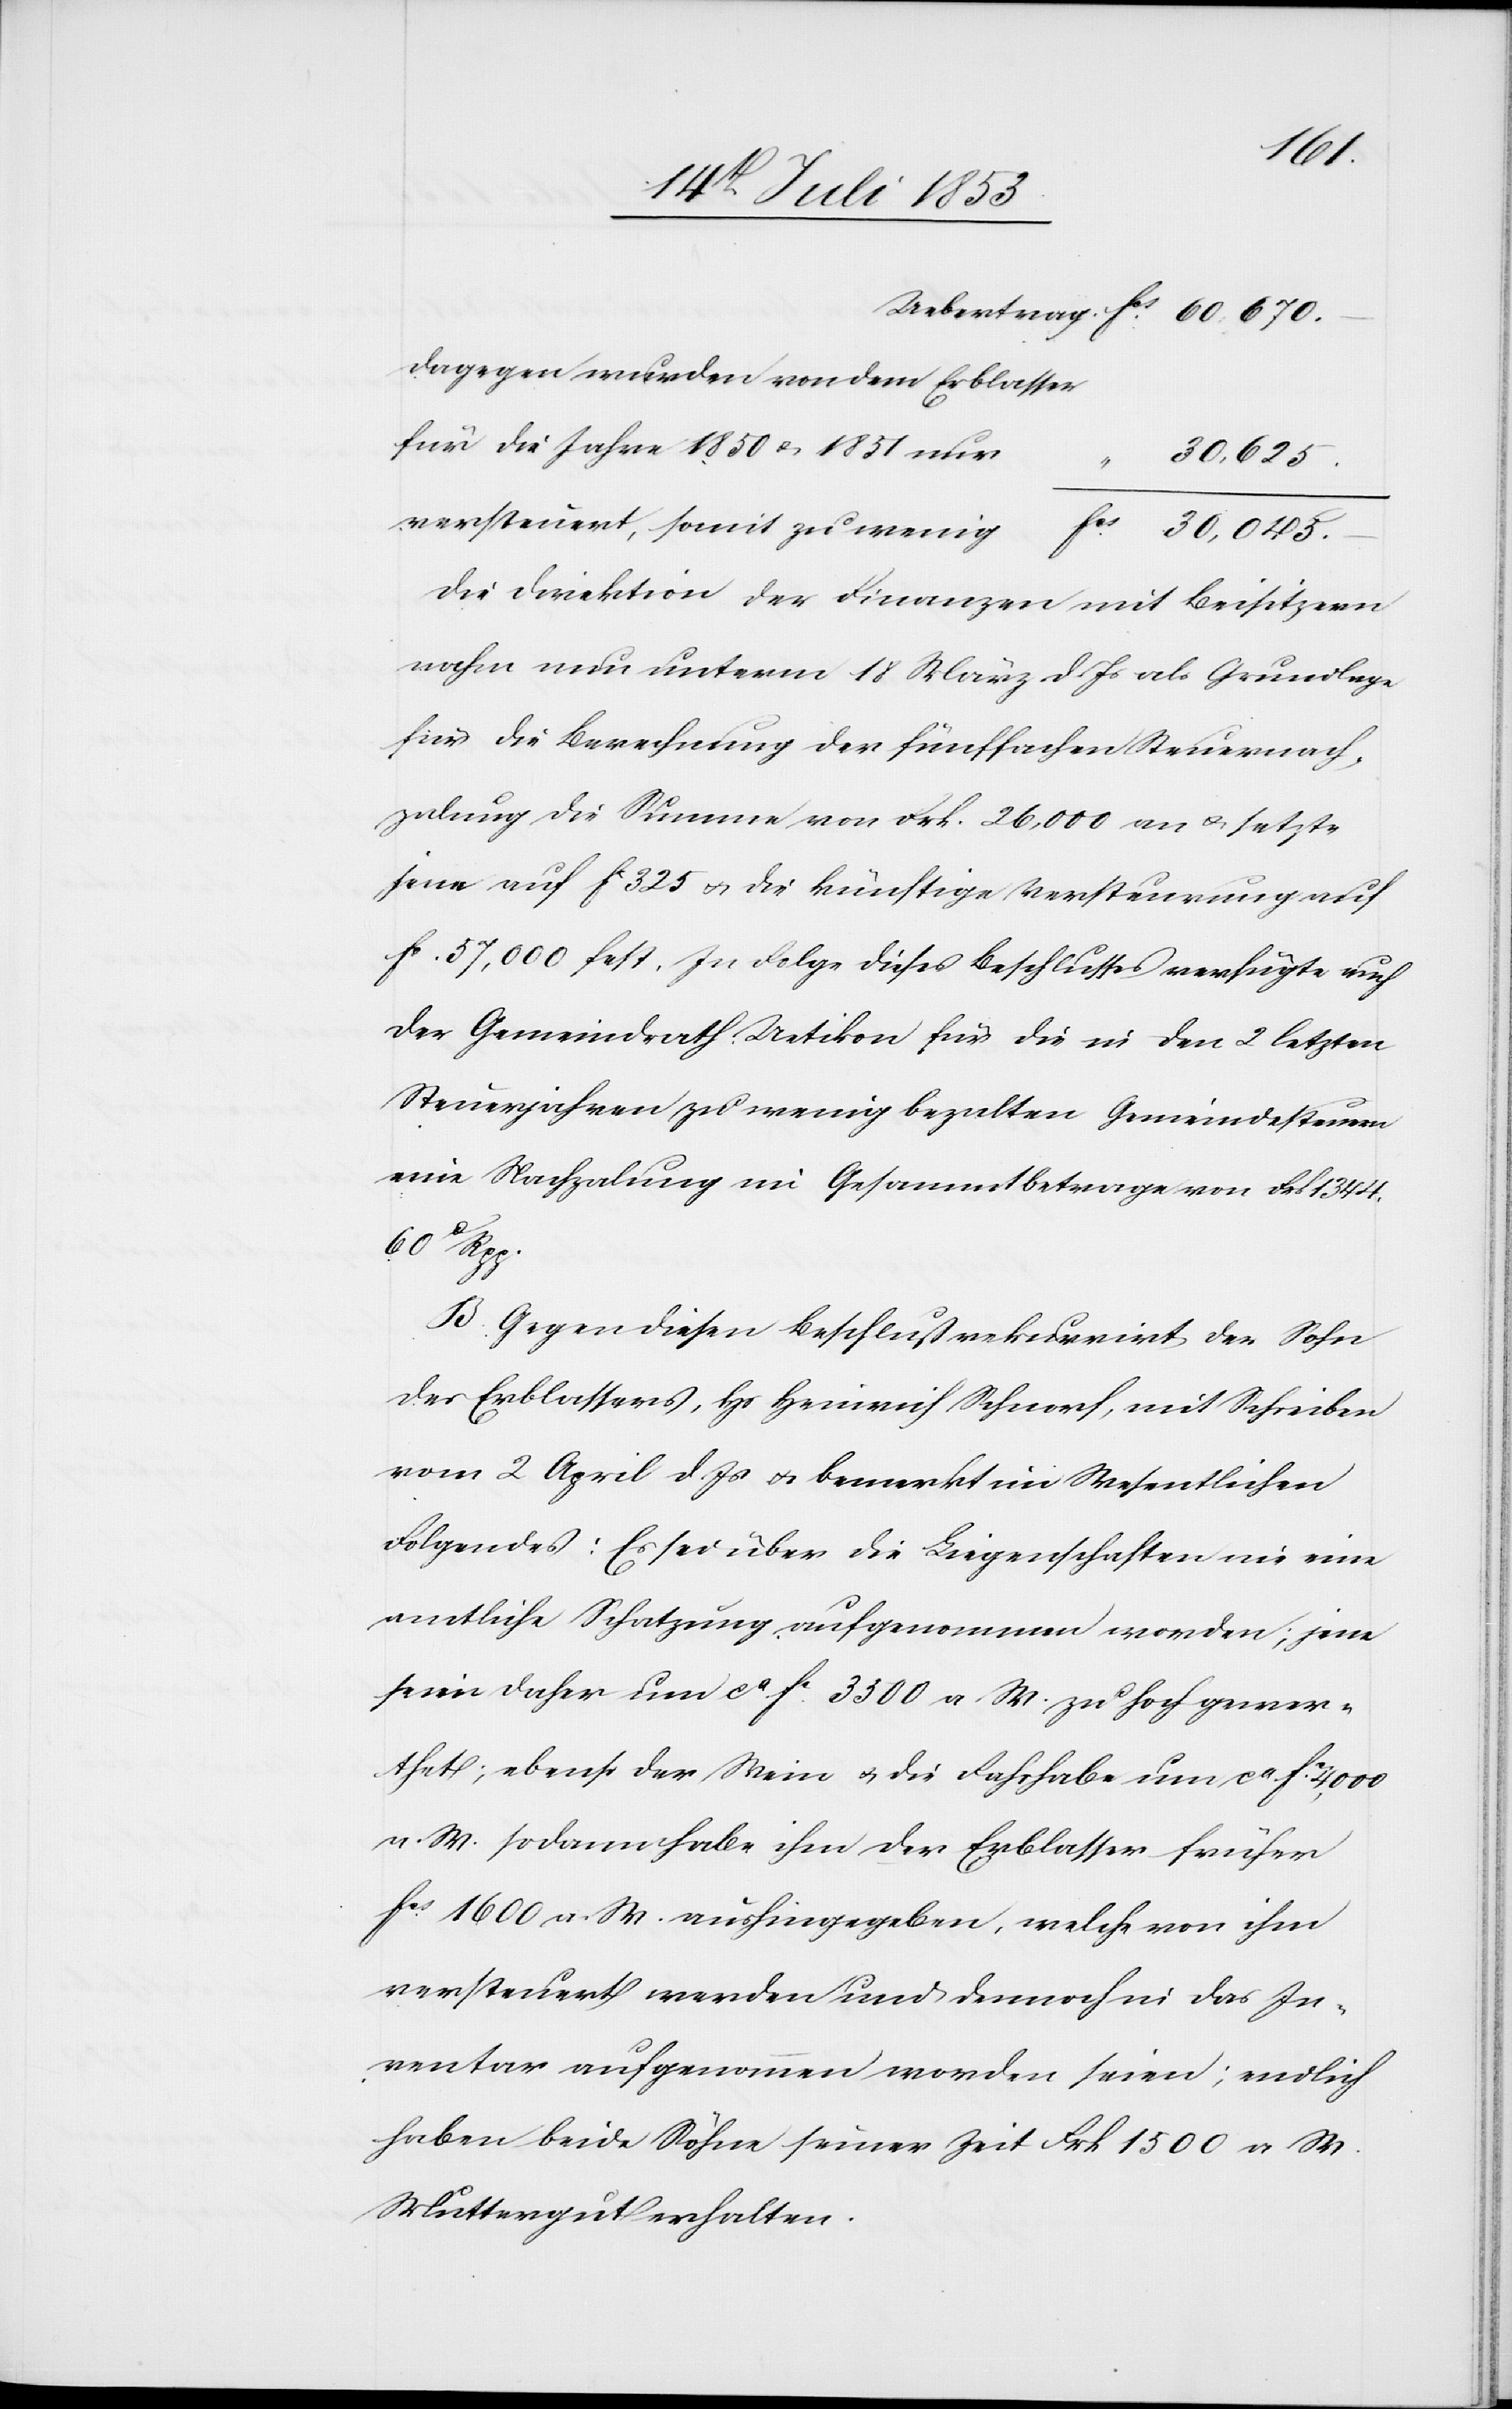
dagegen wurden von dem Erblasser
für die Jahre 1850 u. 1851 nu¬
625.
Versteuert, somit zu wenig			frs 30 045.
Die Direktion der Finanzen mit Beisitzern
nahm nun unterm 18 März d. Js. als Grundlage
für die Berechnung der fünffachen Steuernach¬
zalung die Summe von Frk. 26 000 an u. setzte
jene auf fc 325 u. die künftige Versteuerung auf
fc 57 000 fest. In Folge dieses Beschlusses verfügte auch
der Gemeindrath Uetikon für die in den 2 letzten
Steuerjahren zu wenig bezalten Gemeindesteuern
eine Nachzalung im Gesammtbetrage von Frk. 1344.
60c Rpp.
B. Gegen diesen Beschluß rekurrirt der Sohn
des Erblassers, Hs. Heinrich Schnorf, mit Schreiben
vom 2 April d. Js. u. bemerkt im Wesentlichen
Folgendes: Es sei über die Liegenschaften nie eine
amtliche Schatzung aufgenommen worden; jene
seien daher um ca fc 3300 a. W. zu hoch gewer¬
thet; ebenso der Wein u. die Fahrhabe um ca fc 4000
a. W. sodann habe ihm der Erblasser früher
fcs 1600 a. W. aushingegeben, welche von ihm
versteuert werden und dennoch in das In¬
ventar aufgenommen worden seien; endlich
haben beide Söhne seiner Zeit Frk. 1500 a. W.
Muttergut erhalten.